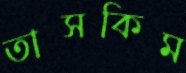
তাসকিম